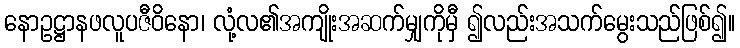
နောဥဋ္ဌာနဖလူပဇီဝိနော၊ လုံ့လ၏အကျိုးအဆက်မျှကိုမှီ ၍လည်းအသက်မွေးသည်ဖြစ်၍။